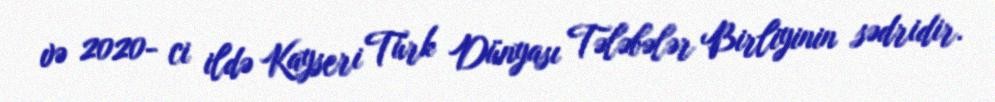
və 2020- ci ildə Kayseri Türk Dünyası Tələbələr Birliyinin sədridir.